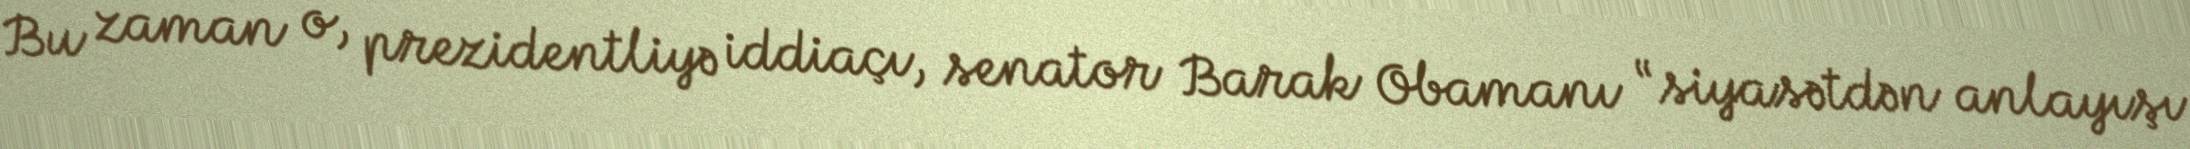
Bu zaman o, prezidentliyə iddiaçı, senator Barak Obamanı “siyasətdən anlayışı